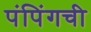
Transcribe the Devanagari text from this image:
पंपिंगची